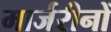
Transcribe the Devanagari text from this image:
मार्जरीनों